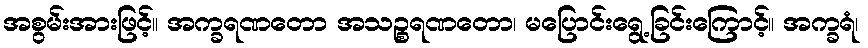
အစွမ်းအားဖြင့်။ အက္ခရဏတော အသဉ္စရဏတော၊ မပြောင်းရွေ့ခြင်းကြောင့်။ အက္ခရံ၊